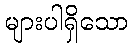
များပါရှိသော